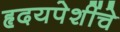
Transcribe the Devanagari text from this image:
हृदयपेशींचे